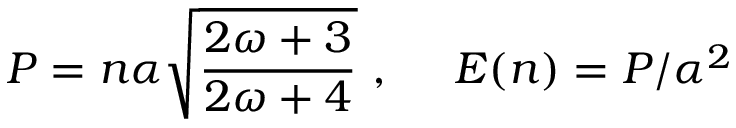
P = n \alpha \sqrt { \frac { 2 \omega + 3 } { 2 \omega + 4 } } \ , \ \ \ \ E ( n ) = P / \alpha ^ { 2 }